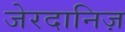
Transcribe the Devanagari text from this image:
जेरदानिज़